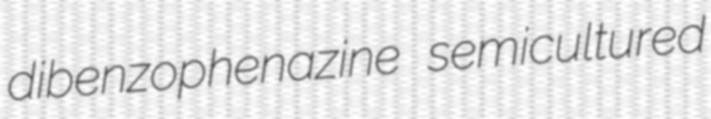
dibenzophenazine semicultured